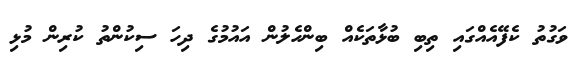
ވަގުތު ކެފޭއެއްގައި ތިބި ބުޅާތަކެއް ބިންހެލުން އައުމުގެ ދިހަ ސިކުންތު ކުރިން މުޅި